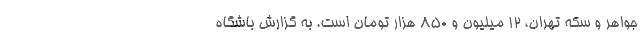
جواهر و سکه تهران، ۱۲ میلیون و ۸۵۰ هزار تومان است. به گزارش باشگاه